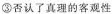
⑤否认了真理的客观性